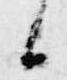
候